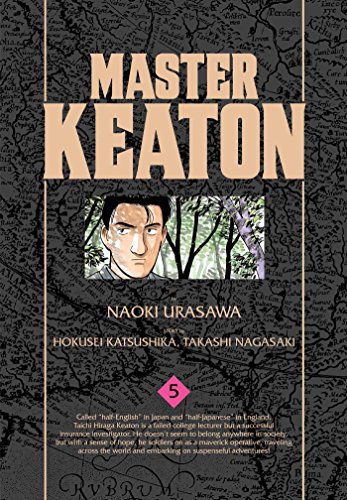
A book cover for Master Keaton, Vol. 5; Naoki Urasawa; Comics & Graphic Novels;